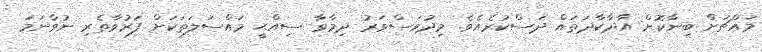
މައްޗަށް ބިނާކޮށް އާދާކާދަތައް ދަސްކުރެއެވެ. މިދުވަސްވަރު ދިމާވާ ސިއްޙީ މައްސަލަތަކަށް ފަރުވާތެރި ނުވާނަމަ